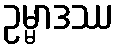
ဥမ္မာဒဿ